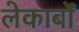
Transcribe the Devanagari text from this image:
लेकार्बों